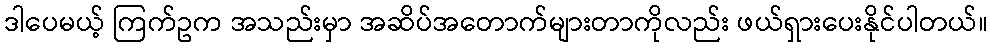
ဒါပေမယ့် ကြက်ဥက အသည်းမှာ အဆိပ်အတောက်များတာကိုလည်း ဖယ်ရှားပေးနိုင်ပါတယ်။